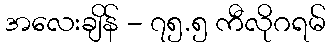
အလေးချိန် - ၇၅.၅ ကီလိုဂရမ်